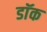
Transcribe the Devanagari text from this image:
डाॅक